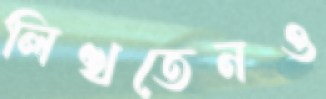
লিখতেনও